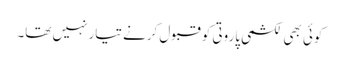
کوئی بھی لکشمی پاروتی کو قبول کرنے تیار نہیں تھا۔